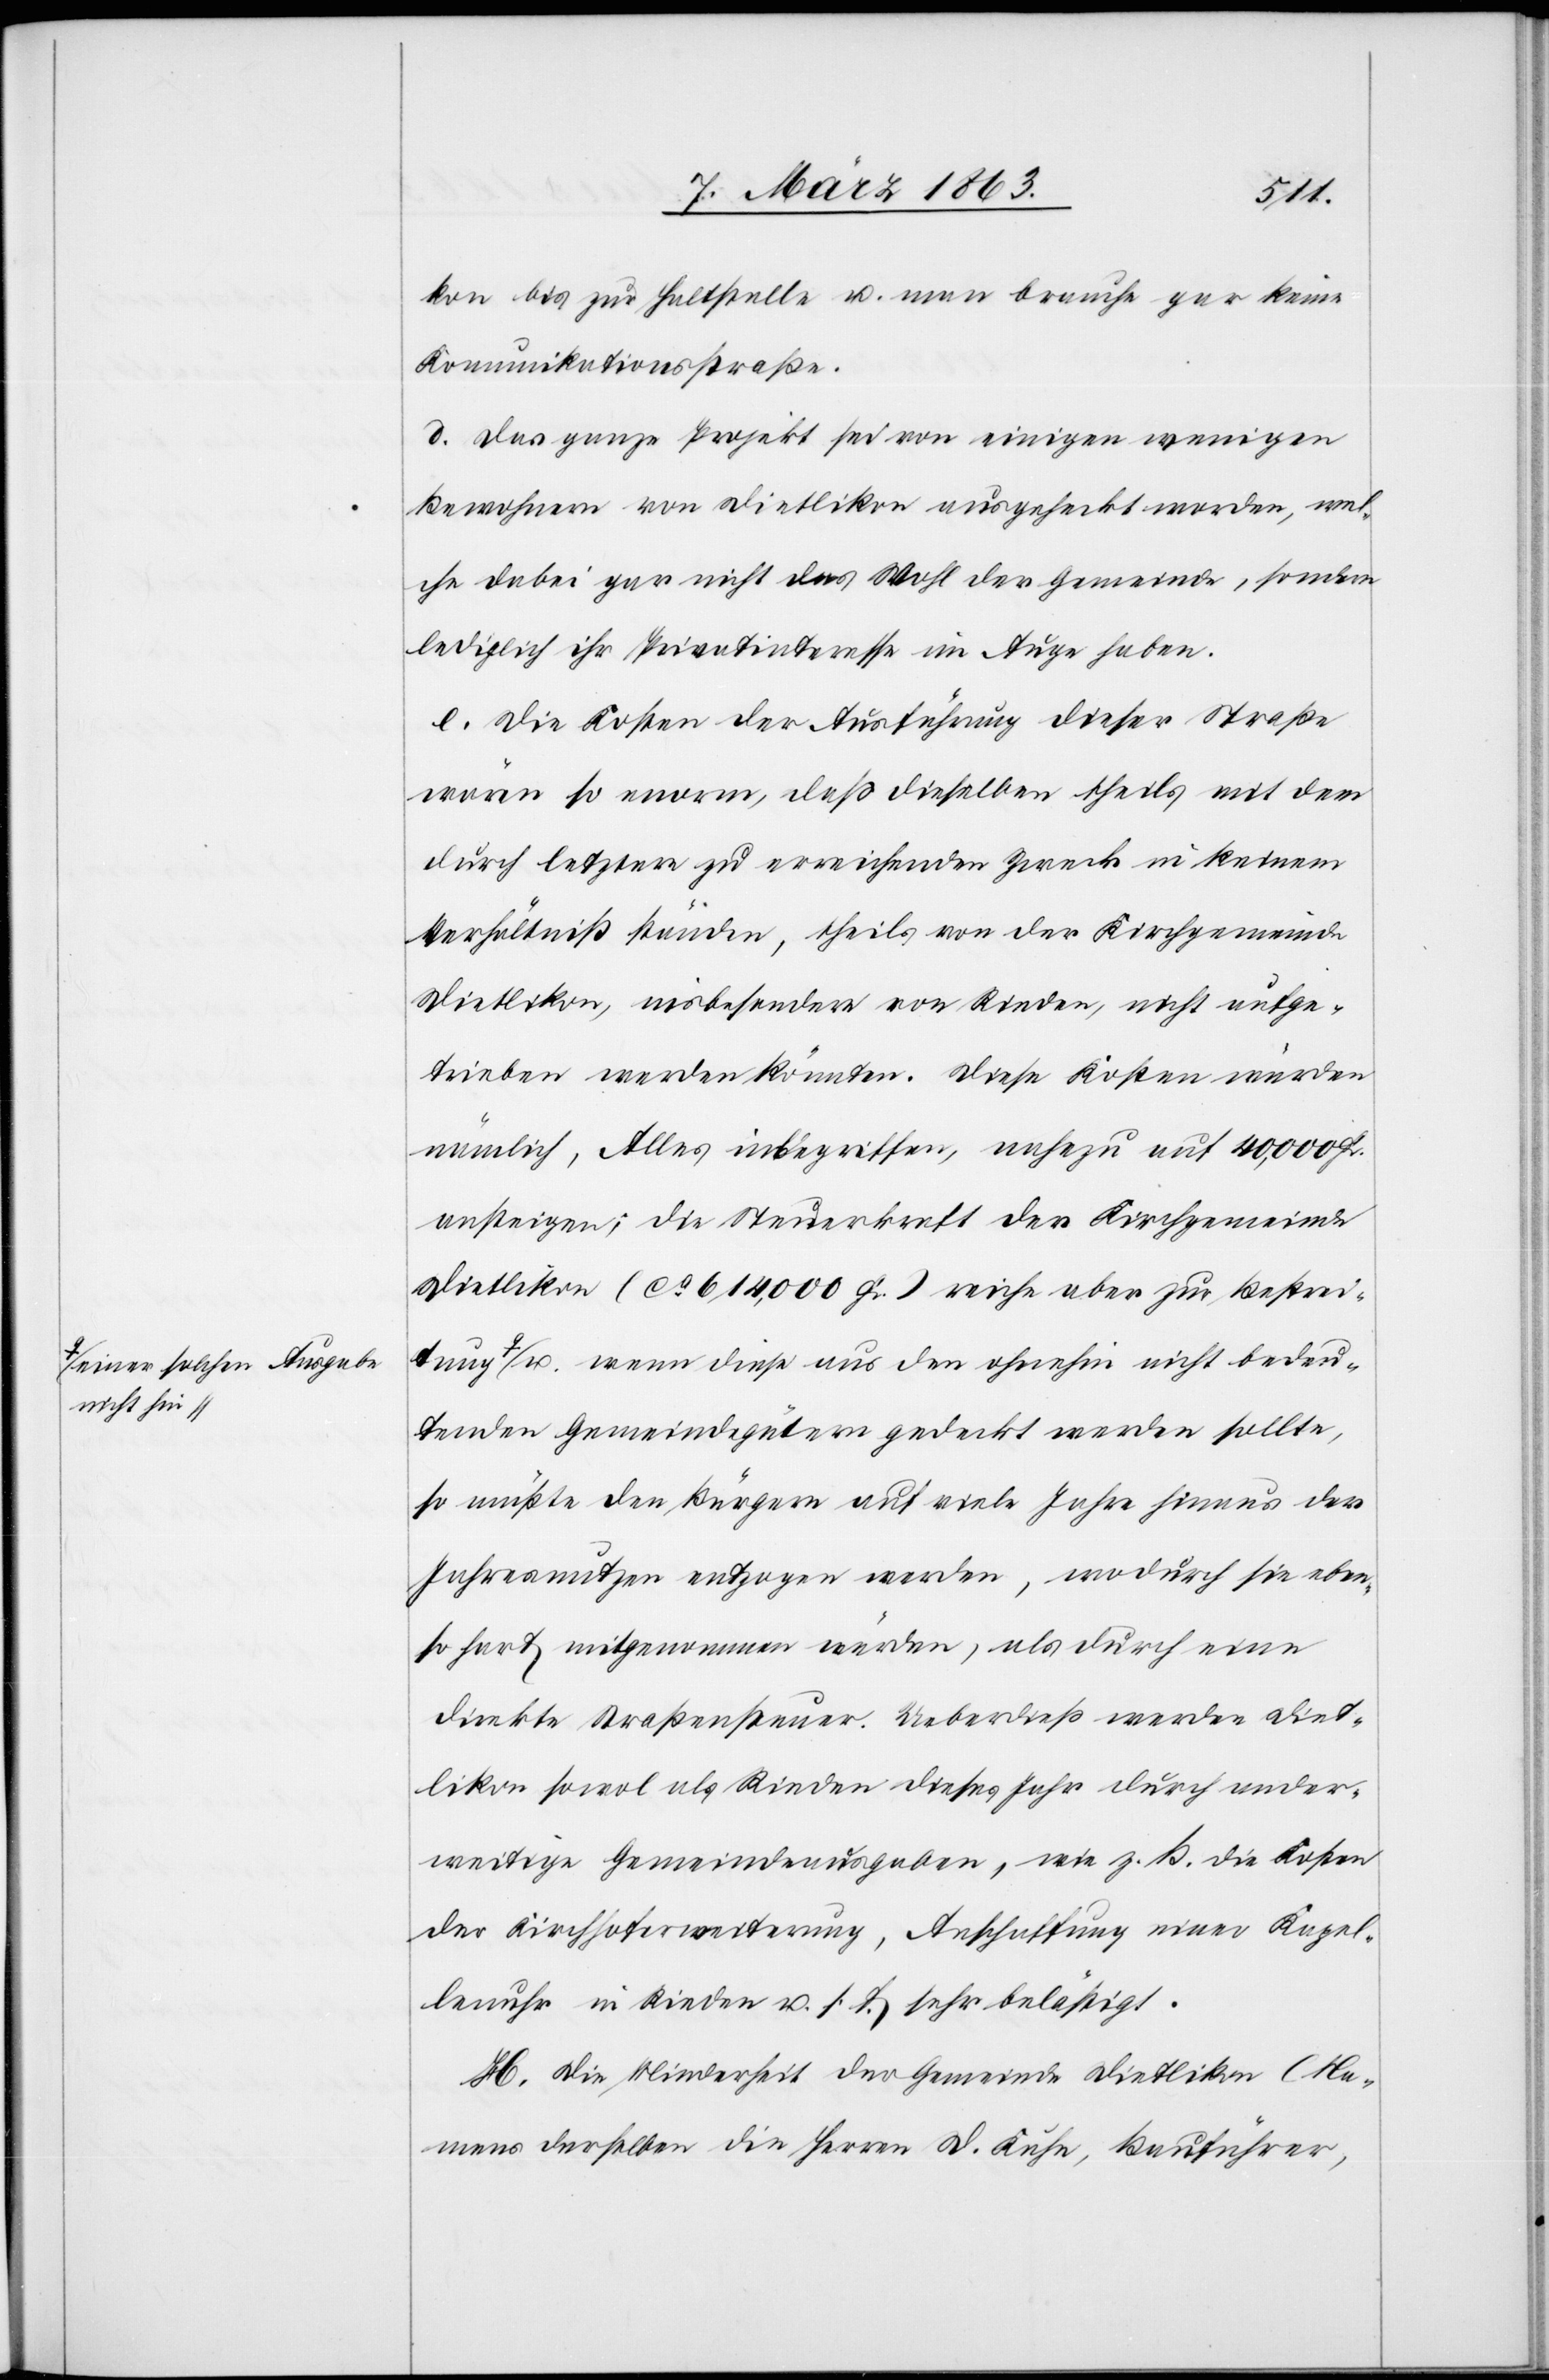
a-einer solchen Ausgabe
nicht hi¬

ung
kon bis zur Haltstelle u. man brauche gar keine
Komunikationsstraße.
d. Das ganze Projekt sei von einigen wenigen
Bewohnern von Dietlikon ausgeheckt worden, wel¬
che dabei gar nicht das Wohl der Gemeinde, sondern
lediglich ihr Privatinteresse im Auge haben.
e. Die Kosten der Ausführung dieser Straße
wären so enorm, daß dieselben theils mit dem
durch letztere zu erreichenden Zweck in keinem
Verhältniß ständen, theils von der Kirchgemeinde
Dietlikon, insbesondere von Rieden, nicht aufge¬
trieben werden könnten. Diese Kosten würden
nämlich, Alles inbegriffen, nahezu auf 40,000 Fr.
ansteigen; die Steuerkraft der Kirchgemeinde
Dietlikon (ca 614,000 Fr.) reiche aber zur Bestreit¬
n-a u. wenn diese aus den ohnehin nicht bedeu¬
tenden Gemeindegütern gedeckt werden sollte,
so müßte den Bürgern auf viele Jahre hinaus der
Jahresnutzen entzogen werden, wodurch sie eben¬
so hart mitgenommen würden, als durch eine
direkte Straßensteuer. Ueberdieß werden Diet¬
likon sowol als Rieden dieses Jahr durch ander¬
weitige Gemeindeausgaben, wie z. B. die Kosten
der Kirchhoferweiterung, Anschaffung einer Kapel¬
lenuhr in Rieden u. s. f. sehr belästigt.
H. Die Minderheit der Gemeinde Dietlikon (Na¬
mens derselben die Herren D. Kuhn, Bauführer,